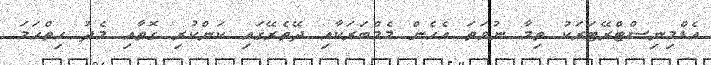
އެޑްމިނިސްޓްރޭޓަރަކު ތިމާ ނުވަތަ އެހެން މެމްބަރަކާއި ދޭތެރޭގައި ކަންކުރި ގޮތާއި މެދު ހިތްހަމަ